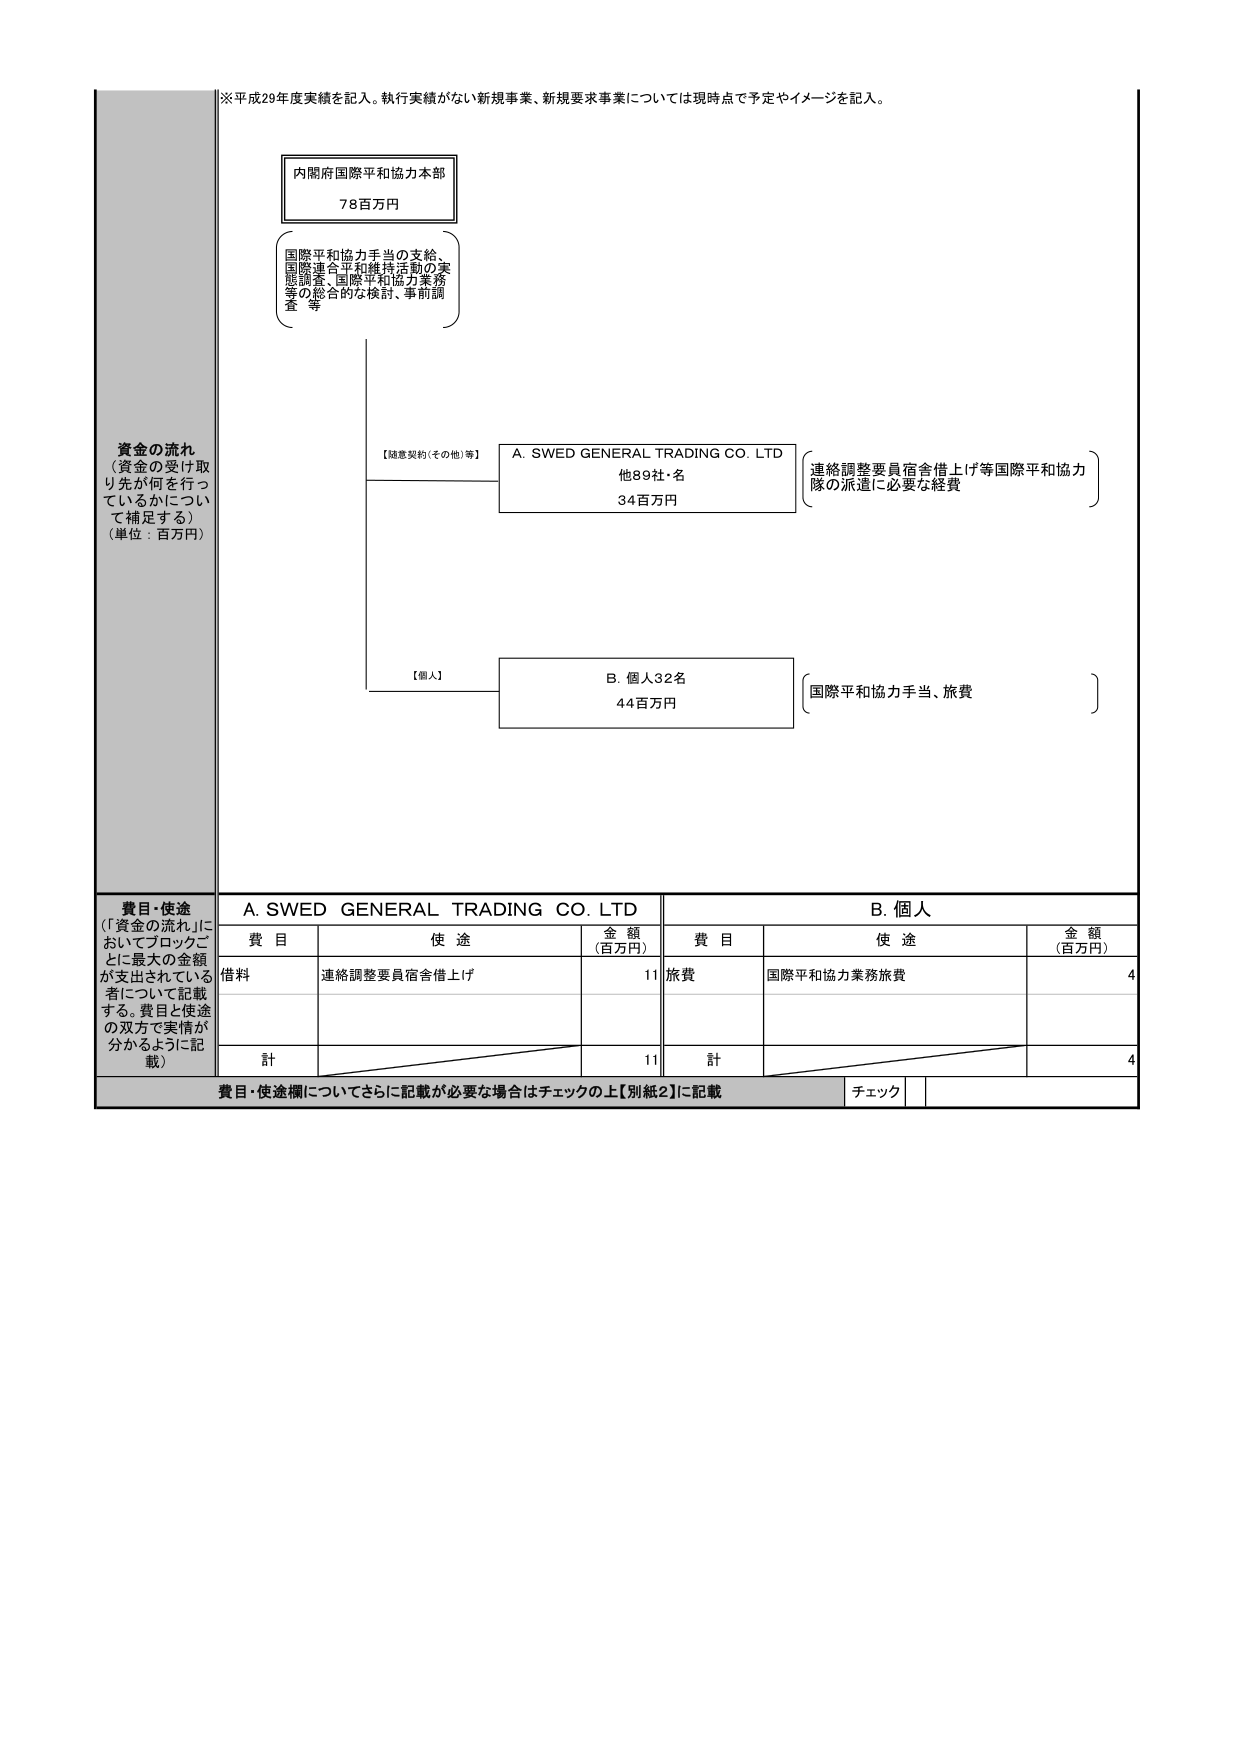
※平成29年度実績を記入。執行実績がない新規事業、新規要求事業については現時点で予定やイメージを記入。

内閣府国際平和協力本部
78百万円

（国際平和協力手当の支給、
国際連合平和維持活動の実
態調査、国際平和協力業務
等の総合的な検討、事前調
査 等）

資金の流れ
（資金の受け取り先が何を行っているかについて補足する）
（単位：百万円）

【随意契約（その他）等】
A. SWED GENERAL TRADING CO. LTD
他89社・名
34百万円
（連絡調整要員宿舎借上げ等国際平和協力隊の派遣に必要な経費）

【個人】
B. 個人32名
44百万円
（国際平和協力手当、旅費）

費目・使途
（「資金の流れ」においてブロックごとに最大の金額が支出されている者について記載する。費目と使途の双方で実情が分かるように記載）

A. SWED GENERAL TRADING CO. LTD
B. 個人

費目 使途 金額（百万円） 費目 使途 金額（百万円）
借料 連絡調整要員宿舎借上げ 11 旅費 国際平和協力業務旅費 4

計 11 計 4

費目・使途欄についてさらに記載が必要な場合はチェックの上【別紙2】に記載
チェック